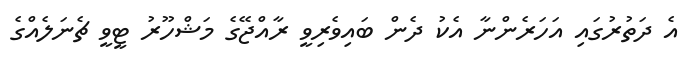
އެ ދަތުރުގައި އަހަރެންނާ އެކު ދެން ބައިވެރިވީ ރާއްޖޭގެ މަޝްހޫރު ޓީވީ ޗެނަލެއްގެ